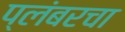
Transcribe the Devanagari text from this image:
प्लंबरचा